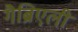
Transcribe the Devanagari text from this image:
गैब्रिएली